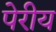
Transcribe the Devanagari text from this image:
पेरीय